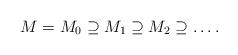
LaTeX: \begin{align*} M = M_0 \supseteq M_1 \supseteq M_2 \supseteq \dots .\end{align*}